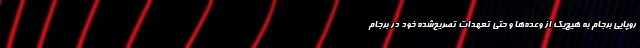
روپایی برجام به هیچ‌یک از وعده‌ها و حتی تعهدات تصریح‌شده خود در برجام